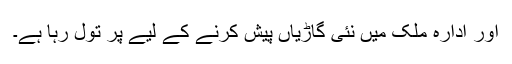
اور ادارہ ملک میں نئی گاڑیاں پیش کرنے کے لیے پر تول رہا ہے۔